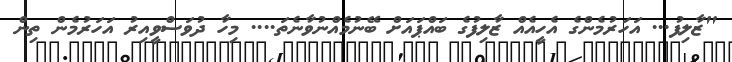
"ޒާލިފު... އަހަރުމެންގެ އެހީއެއް ޒާލިފުގެ ބައްޕައަށް ބޭނުމެއްނުވާނެތަ.... މިހާ ދުވަސްވީއިރު އަހަރުމެން ތިން